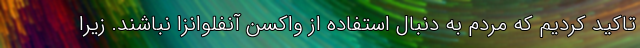
تاکید کردیم که مردم به دنبال استفاده‌ از واکسن آنفلوانزا نباشند. زیرا